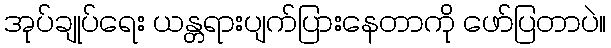
အုပ်ချုပ်ရေး ယန္တရားပျက်ပြားနေတာကို ဖော်ပြတာပဲ။